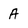
Character: A